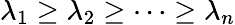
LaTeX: \lambda_{1}\ge\lambda_{2}\ge\dots\ge\lambda_{n}